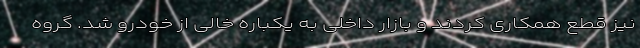
نیز قطع همکاری کردند و بازار داخلی به یکباره خالی از خودرو شد. گروه